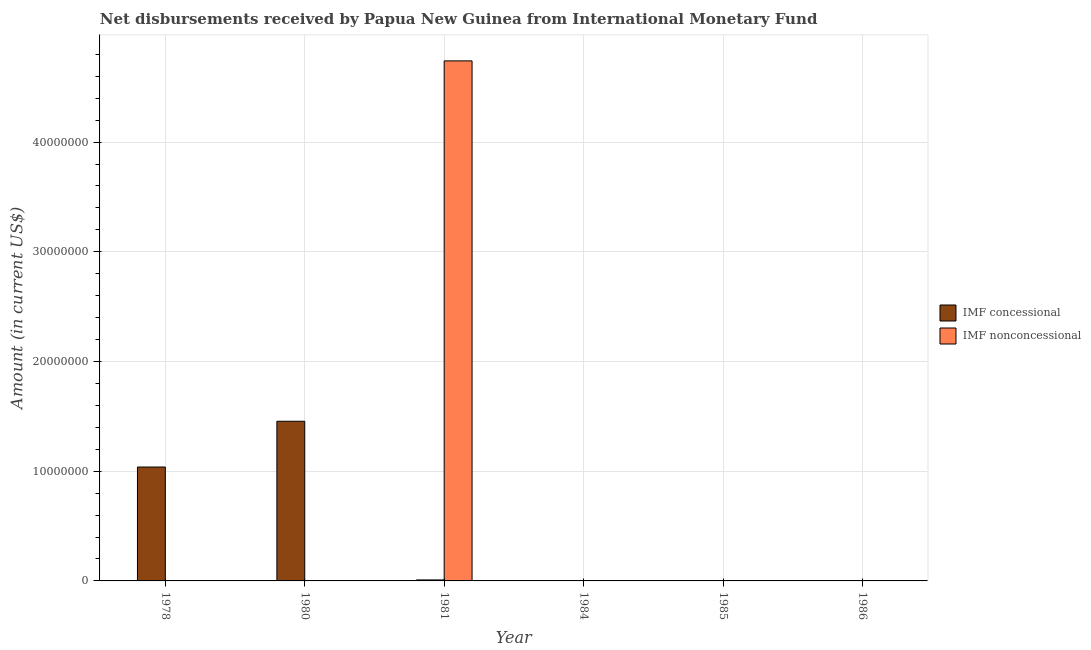
| Year | IMF concessional | IMF nonconcessional |
 | --- | --- | --- |
 | 1978 | 1.04e+07 | -1.25e+07 |
 | 1980 | 1.46e+07 | -6.5e+06 |
 | 1981 | 9e+04 | 4.74e+07 |
 | 1984 | -1.7e+06 | -2.9e+07 |
 | 1985 | -1.68e+06 | -6.7e+06 |
 | 1986 | -4.57e+06 | -1.18e+07 |